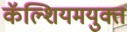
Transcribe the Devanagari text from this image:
कॅल्शियमयुक्त